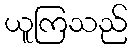
ယူကြသည်